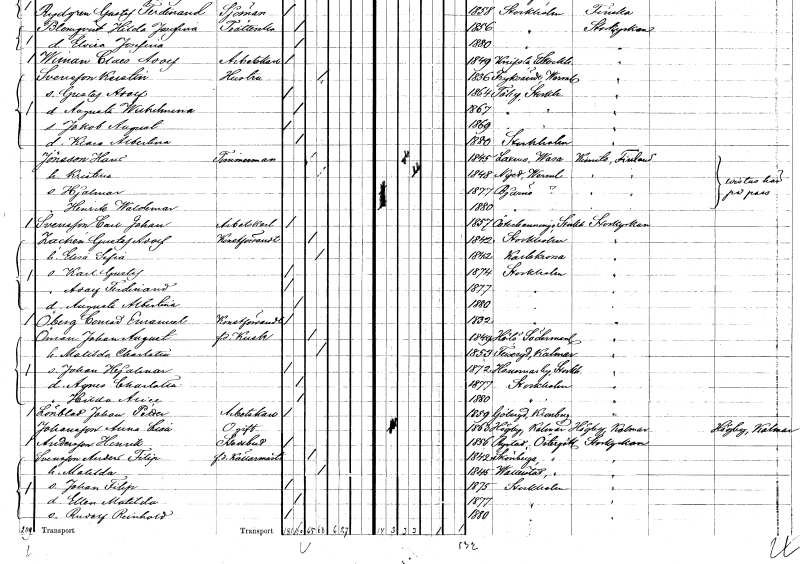
gt_parse: households: individuals: FN: Hans
EN: Jönsson
YRKE: Timmerman
KON: M
CIV: G
FODAR: 1845
FN: Kristina
KON: K
CIV: G
FODAR: 1848
FODFORS: Nyed Värmlands län
FN: Hjalmar
KON: M
CIV: O
FODAR: 1877
FN: Henrik Waldemar
KON: M
CIV: O
FODAR: 1880
FN: Carl Johan
EN: Svensson
YRKE: Arbetskarl
KON: M
CIV: O
FODAR: 1857
FODFORS: Österhaninge Stockholms län
FN: Gustaf Adolf
EN: Zachén
YRKE: Konstförvandt
KON: M
CIV: G
FODAR: 1842
FODFORS: Stockholm
FN: Elisa Sofia
KON: K
CIV: G
FODAR: 1842
FODFORS: Karlskrona Blekinge län
FN: Karl Gustaf
KON: M
CIV: O
FODAR: 1874
FODFORS: Stockholm
FN: Adolf Ferdinand
KON: M
CIV: O
FODAR: 1877
FODFORS: Stockholm
FN: Augusta Albertina
KON: K
CIV: O
FODAR: 1880
FODFORS: Stockholm
FN: Conrad Emanuel
EN: Öberg
YRKE: Konstförvandt
KON: M
CIV: O
FODAR: 1832
FODFORS: Stockholm
FN: Johan August
EN: Öman
YRKE: Kusk f.d.
KON: M
CIV: G
FODAR: 1849
FODFORS: Hölö Stockholms län
FN: Matilda Charlotta
KON: K
CIV: G
FODAR: 1853
FODFORS: Fliseryd Kalmar län
FN: Johan Hjalmar
KON: M
CIV: O
FODAR: 1872
FODFORS: Hammarby Stockholms län
FN: Agnes Charlotta
KON: K
CIV: O
FODAR: 1877
FODFORS: Stockholm
FN: Hilda Alice
KON: K
CIV: O
FODAR: 1880
FODFORS: Stockholm
FN: Johan Petter
EN: Lönblad
YRKE: Arbetskarl
KON: M
CIV: O
FODAR: 1859
FODFORS: Göteryd Kronobergs län
FN: Anna Lisa
EN: Johansson
KON: K
CIV: O
FODAR: 1863
FODFORS: Högby Kalmar län
FN: Henrik
EN: Andersson
YRKE: Stadsbud
KON: M
CIV: O
FODAR: 1856
FODFORS: Rystad Östergötlands län
FN: Anders Filip
EN: Svensson
YRKE: Källarmästare f.d.
KON: M
CIV: G
FODAR: 1842
FODFORS: Skönberga Östergötlands län
FN: Matilda
KON: K
CIV: G
FODAR: 1845
FODFORS: Vallerstad Östergötlands län
FN: Johan Filip
KON: M
CIV: O
FODAR: 1875
FODFORS: Stockholm
FN: Ellen Matilda
KON: K
CIV: O
FODAR: 1877
FODFORS: Stockholm
FN: Rudolf Reinhold
KON: M
CIV: O
FODAR: 1880
FODFORS: Stockholm